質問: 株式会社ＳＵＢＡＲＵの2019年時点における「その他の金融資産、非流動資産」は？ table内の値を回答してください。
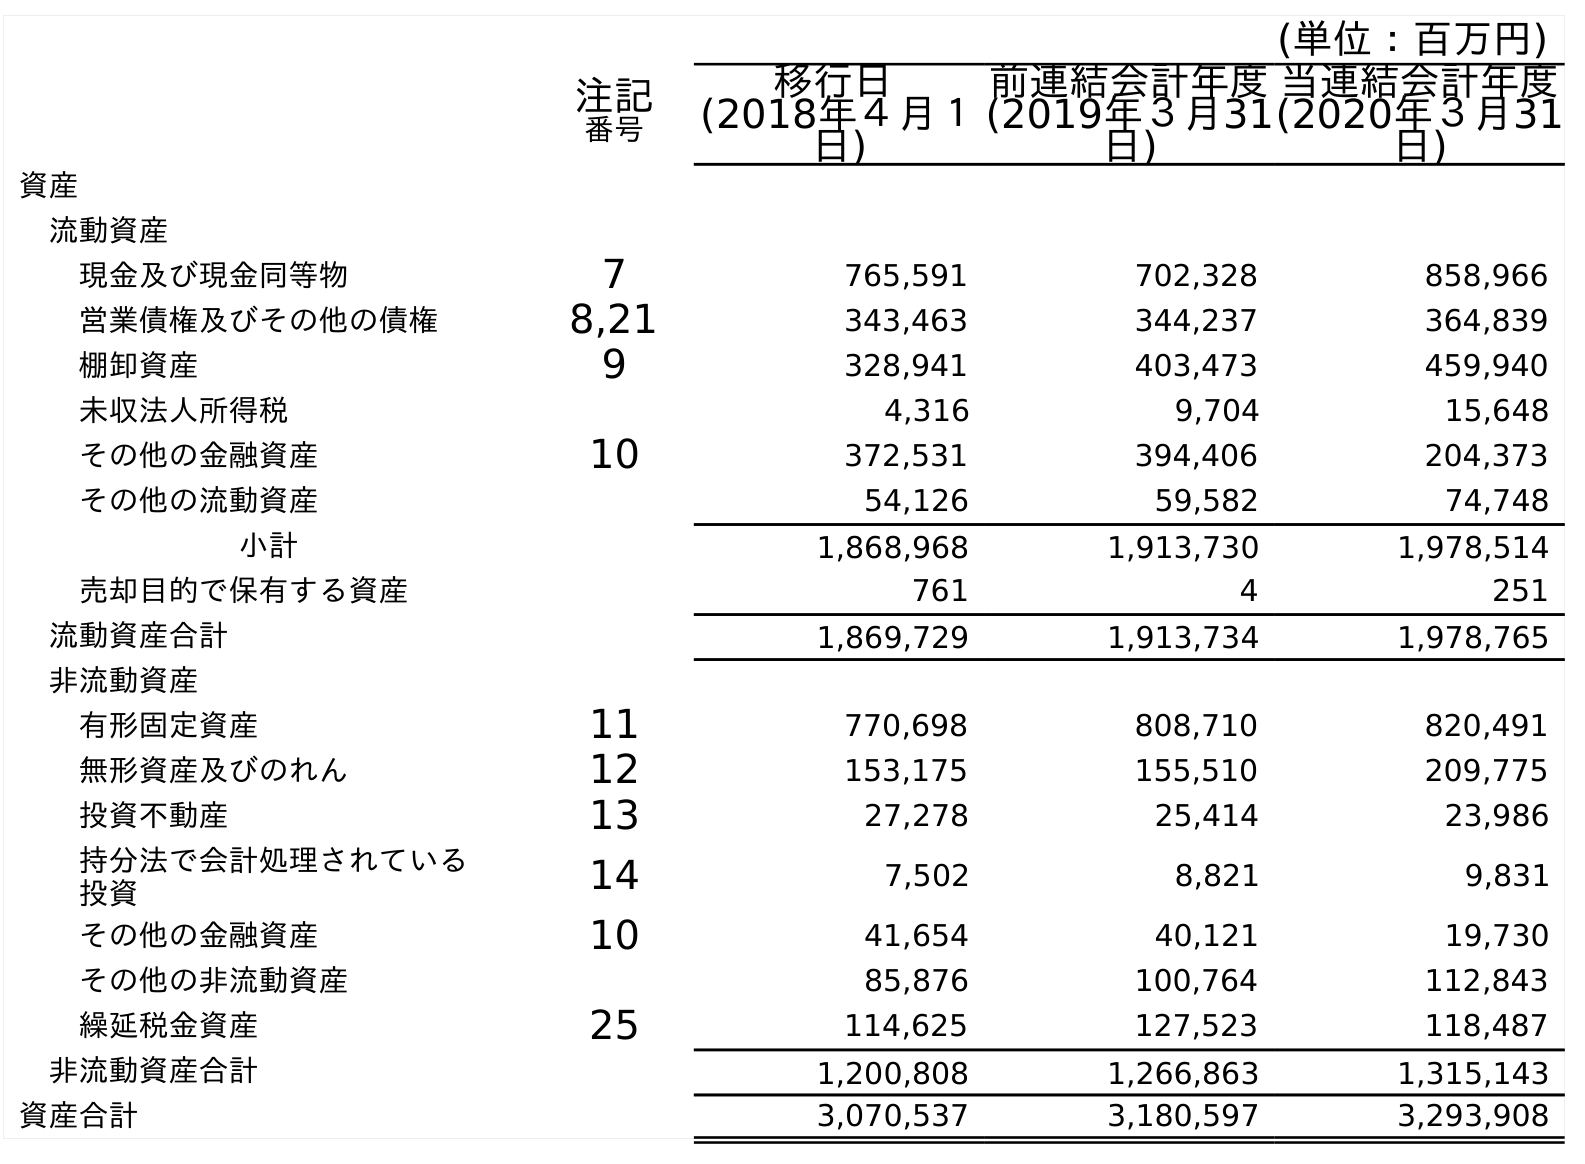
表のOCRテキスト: (単位：百万円) 注記 番号 移行日 (2018年４月１ 日) 前連結会計年度 (2019年３月31 日) 当連結会計年度 (2020年３月31 日) 資産 流動資産 現金及び現金同等物 7 765,591 702,328 858,966 営業債権及びその他の債権 8,21 343,463 344,237 364,839 棚卸資産 9 328,941 403,473 459,940 未収法人所得税 4,316 9,704 15,648 その他の金融資産 10 372,531 394,406 204,373 その他の流動資産 54,126 59,582 74,748 小計 1,868,968 1,913,730 1,978,514 売却目的で保有する資産 761 4 251 流動資産合計 1,869,729 1,913,734 1,978,765 非流動資産 有形固定資産 11 770,698 808,710 820,491 無形資産及びのれん 12 153,175 155,510 209,775 投資不動産 13 27,278 25,414 23,986 持分法で会計処理されている 投資 14 7,502 8,821 9,831 その他の金融資産 10 41,654 40,121 19,730 その他の非流動資産 85,876 100,764 112,843 繰延税金資産 25 114,625 127,523 118,487 非流動資産合計 1,200,808 1,266,863 1,315,143 資産合計 3,070,537 3,180,597 3,293,908
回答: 40,121